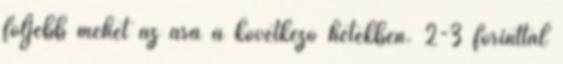
följebb mehet az ára a következő hetekben. 2-3 forinttal